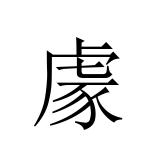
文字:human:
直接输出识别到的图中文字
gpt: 豦